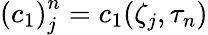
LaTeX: {\left(c_{1}\right)}_{j}^{n}=c_{1}(\zeta_{j},\tau_{n})